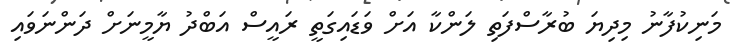
މަނިކުފާނު މިދިޔަ ބުރާސްފަތި ލަންކާ އަަށް ވަޑައިގަތީ ރައީސް އަބްދު ޔާމީނަށް ދަންނަވައި